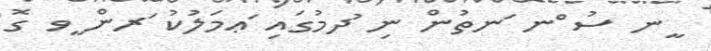
ީނ ސު ްނ ަނތުން ނި ުދމުގައި ަޢމަލުކު ަރން ީވ ގޮ